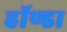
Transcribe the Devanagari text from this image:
हॉण्डा